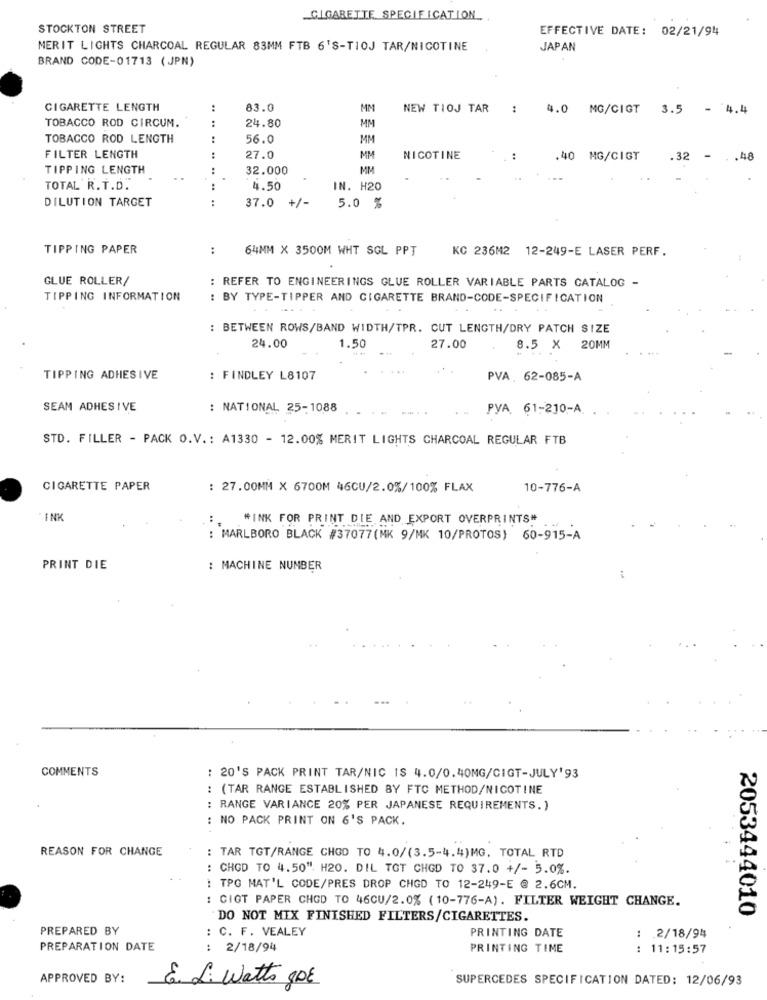
CIGARETTE SPECIFICATION ..
STOCKTON STREET
EFFECTIVE DATE: 02/21/94
MERIT LIGHTS CHARCOAL REGULAR 83MM FTB 6'S-TIOJ TAR/NICOTINE
JAPAN
BRAND CODE-01713 ( JPN)
CIGARETTE LENGTH
:
83.0
MM
NEW TIOJ TAR
: 4.0 MG/CIGT 3.5
- 4.4
TOBACCO ROD CIRCUM.
:
24.80
MM
TOBACCO ROD LENGTH
56.0
MM
FILTER LENGTH
27.0
MM
NICOTINE
:
.40 MG/CIGT
.32
. . 48
TIPPING LENGTH
32.000
MM
TOTAL R.T.D.
4.50
IN. H20
DILUTION TARGET
37.0
+/-
5.0 %
TIPPING PAPER
:
64MM X 3500M WHT SGL PPT
KC 236M2 12-249-E LASER PERF.
GLUE ROLLER/
: REFER TO ENGINEERINGS GLUE ROLLER VARIABLE PARTS CATALOG -
TIPPING INFORMATION
: BY TYPE-TIPPER AND CIGARETTE BRAND-CODE-SPECIFICATION
: BETWEEN ROWS/BAND WIDTH/TPR. CUT LENGTH/DRY PATCH SIZE
24.00
1.50
27.00
8.5 × 20MM
TIPPING ADHESIVE
: FINDLEY L8107
PVA 62-085-A
SEAM ADHESIVE
: NATIONAL 25-1088
....
PYA, 61-210-A
STD. FILLER - PACK O.V .: A1330 - 12.00% MERIT LIGHTS CHARCOAL REGULAR FTB
CIGARETTE PAPER
: 27.00MM X 6700M 46CU/2.0%/100% FLAX
10-776-A
INK
:.
"INK FOR PRINT DIE AND EXPORT OVERPRINTS"
: MARLBORO BLACK #37077(MK 9/MK 10/PROTOS) 60-915-A
PRINT DIE
: MACHINE NUMBER
COMMENTS
: 20'S PACK PRINT TAR/NIC IS 4.0/0.40MG/CIGT-JULY'93
: (TAR RANGE ESTABLISHED BY FTC METHOD/NICOTINE
: RANGE VARIANCE 20% PER JAPANESE REQUIREMENTS. )
: NO PACK PRINT ON 6'S PACK.
. .
REASON FOR CHANGE
: TAR TOT/RANGE CHOD TO 4.0/(3.5-4.4)MG. TOTAL RTD
: CHOD TO 4.50". H20. DIL TGT CHGD TO 37.0 +/- 5.0%.
: TPG MAT'L CODE/PRES DROP CHGD TO 12-249-E @ 2.6CM.
: CIGT PAPER CHGD TO 46CU/2.0% (10-776-A). FILTER WEIGHT CHANGE.
2053444010
DO NOT MIX FINISHED FILTERS/CIGARETTES.
PREPARED BY
: C. F. VEALEY
PRINTING DATE
: 2/18/94
PREPARATION DATE
: 2/18/94
PRINTING TIME
: 11:15:57
APPROVED BY:
SUPERCEDES SPECIFICATION DATED: 12/06/93
E. L. Watts 8DE